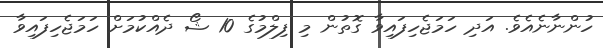
ހުންނާނެއެވެ. އަދި ހަމަޖެހިފައިވާ ގޮތުން މި ފިލްމުގެ 10 ޝޯ ދެއްކުމަށް ހަމަޖެހިފައިވާ